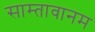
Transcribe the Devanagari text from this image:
साम्तावानम